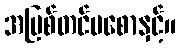
အပြစ်တင်မစောနှင့်။